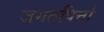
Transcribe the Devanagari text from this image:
जगतपिर्त्ता